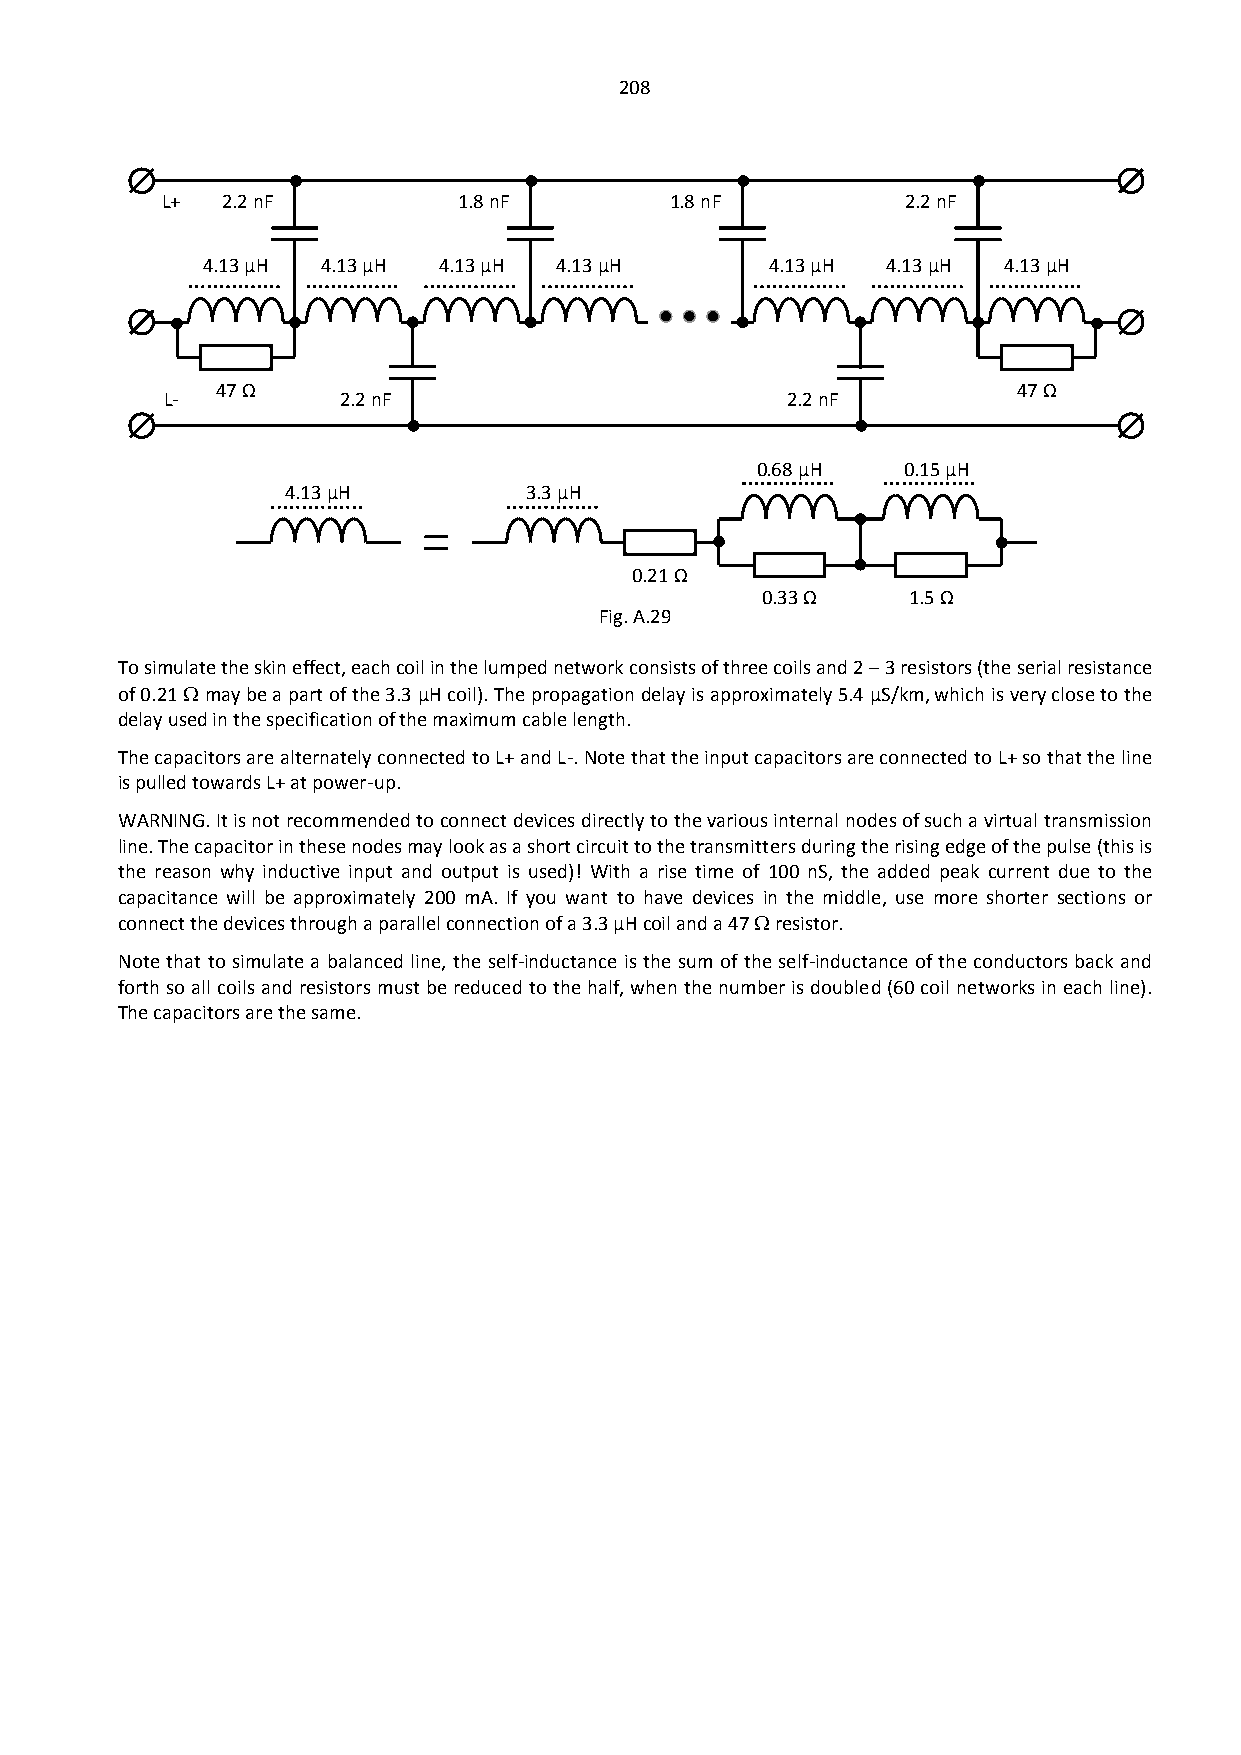
208
 L+  2.2 nF         1.8 nF        1.8 nF          2.2 nF
 4.13 µH 4.13 µH 4.13 µH 4.13 µH       4.13 µH 4.13 µH 4.13 µH
 47 Ω                                                 47 Ω
 L-         2.2 nF                        2.2 nF
 0.68 µH   0.15 µH
 44..1133 µµHH   3.3 µH
 0.21 Ω
 0.33 Ω    1.5 Ω
 Fig. A.29
 To simulate the skin effect, each coil in the lumped network consists of three coils and 2 – 3 resistors (the serial resistance
 of 0.21  may be a part of the 3.3 µH coil). The propagation delay is approximately 5.4 μS/km, which is very close to the
 delay used in the specification of the maximum cable length.
 The capacitors are alternately connected to L+ and L-. Note that the input capacitors are connected to L+ so that the line
 is pulled towards L+ at power-up.
 WARNING. It is not recommended to connect devices directly to the various internal nodes of such a virtual transmission
 line. The capacitor in these nodes may look as a short circuit to the transmitters during the rising edge of the pulse (this is
 the reason why inductive input and output is used)! With a rise time of 100 nS, the added peak current due to the
 capacitance will be approximately 200 mA. If you want to have devices in the middle, use more shorter sections or
 connect the devices through a parallel connection of a 3.3 µH coil and a 47  resistor.
 Note that to simulate a balanced line, the self-inductance is the sum of the self-inductance of the conductors back and
 forth so all coils and resistors must be reduced to the half, when the number is doubled (60 coil networks in each line).
 The capacitors are the same.